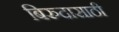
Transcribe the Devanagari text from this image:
बिरुदासाठी